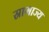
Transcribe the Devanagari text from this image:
स्रामाज्य